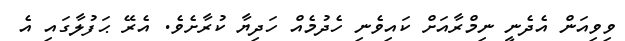
ވިވިއަން އެދެނީ ނިމްރާއަށް ކައިވެނި ހެދުމެއް ހަދިޔާ ކުރާށެވެ. އެރޭ ޙަފުލާގައި އެ